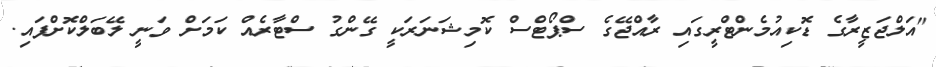
"އަލްޖަޒީރާގެ ޑޮކިއުމެންޓްރީގައި ރާއްޖޭގެ ސްޕޯޓްސް ކޮމިޝަނަރަކީ ގޭންގު ސްޓާރެއް ކަމަށް ވަނީ ލޭބަލްކޮށްފައި.